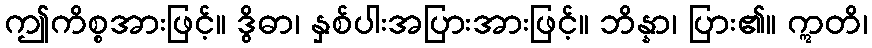
ဤကိစ္စအားဖြင့်။ ဒွိဓာ၊ နှစ်ပါးအပြားအားဖြင့်။ ဘိန္နာ၊ ပြား၏။ ဣတိ၊